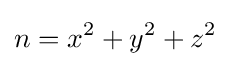
n=x^{2}+y^{2}+z^{2}